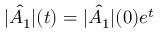
| \hat { A _ { 1 } } | ( t ) = | \hat { A _ { 1 } } | ( 0 ) e ^ { t }